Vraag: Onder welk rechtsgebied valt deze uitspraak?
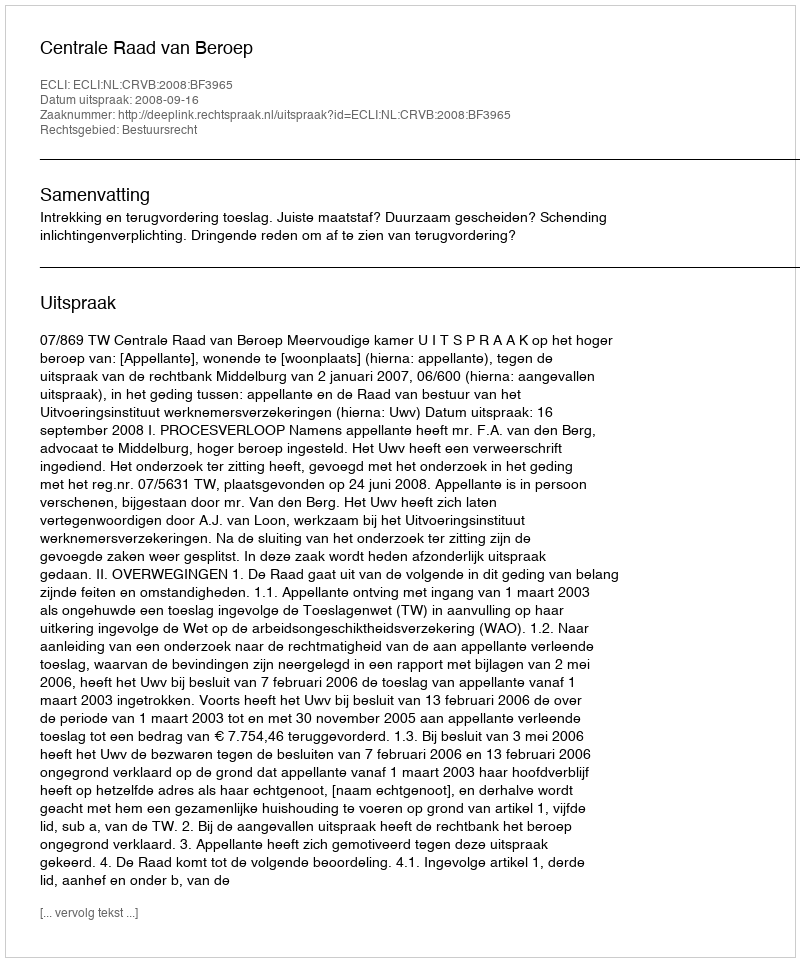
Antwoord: Bestuursrecht